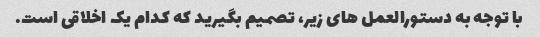
با توجه به دستورالعمل های زیر، تصمیم بگیرید که کدام یک اخلاقی است.